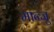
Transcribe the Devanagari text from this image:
मान्जु